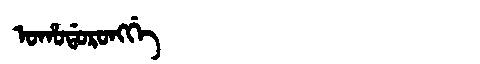
Manchu: ᠣᡥᠣᡩᠣᡵᠣᠩᡤᡝ
Romanization: OHODORONGGE